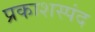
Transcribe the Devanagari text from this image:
प्रकाशस्पंद